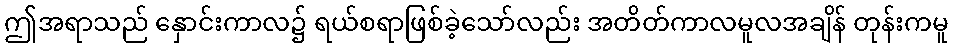
ဤအရာသည် နှောင်းကာလ၌ ရယ်စရာဖြစ်ခဲ့သော်လည်း အတိတ်ကာလမူလအချိန် တုန်းကမူ